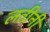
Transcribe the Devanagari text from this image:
लतीनी